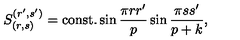
S _ { ( r , s ) } ^ { ( r ^ { \prime } , s ^ { \prime } ) } = \mathrm { c o n s t . } \sin { \frac { \pi r r ^ { \prime } } { p } } \sin { \frac { \pi s s ^ { \prime } } { p + k } } ,